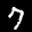
Label: 7